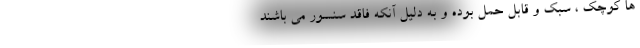
ها کوچک ، سبک و قابل حمل بوده و به دلیل آنکه فاقد سنسور می باشند